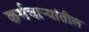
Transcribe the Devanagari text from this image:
कर्मचार्‍यांतील